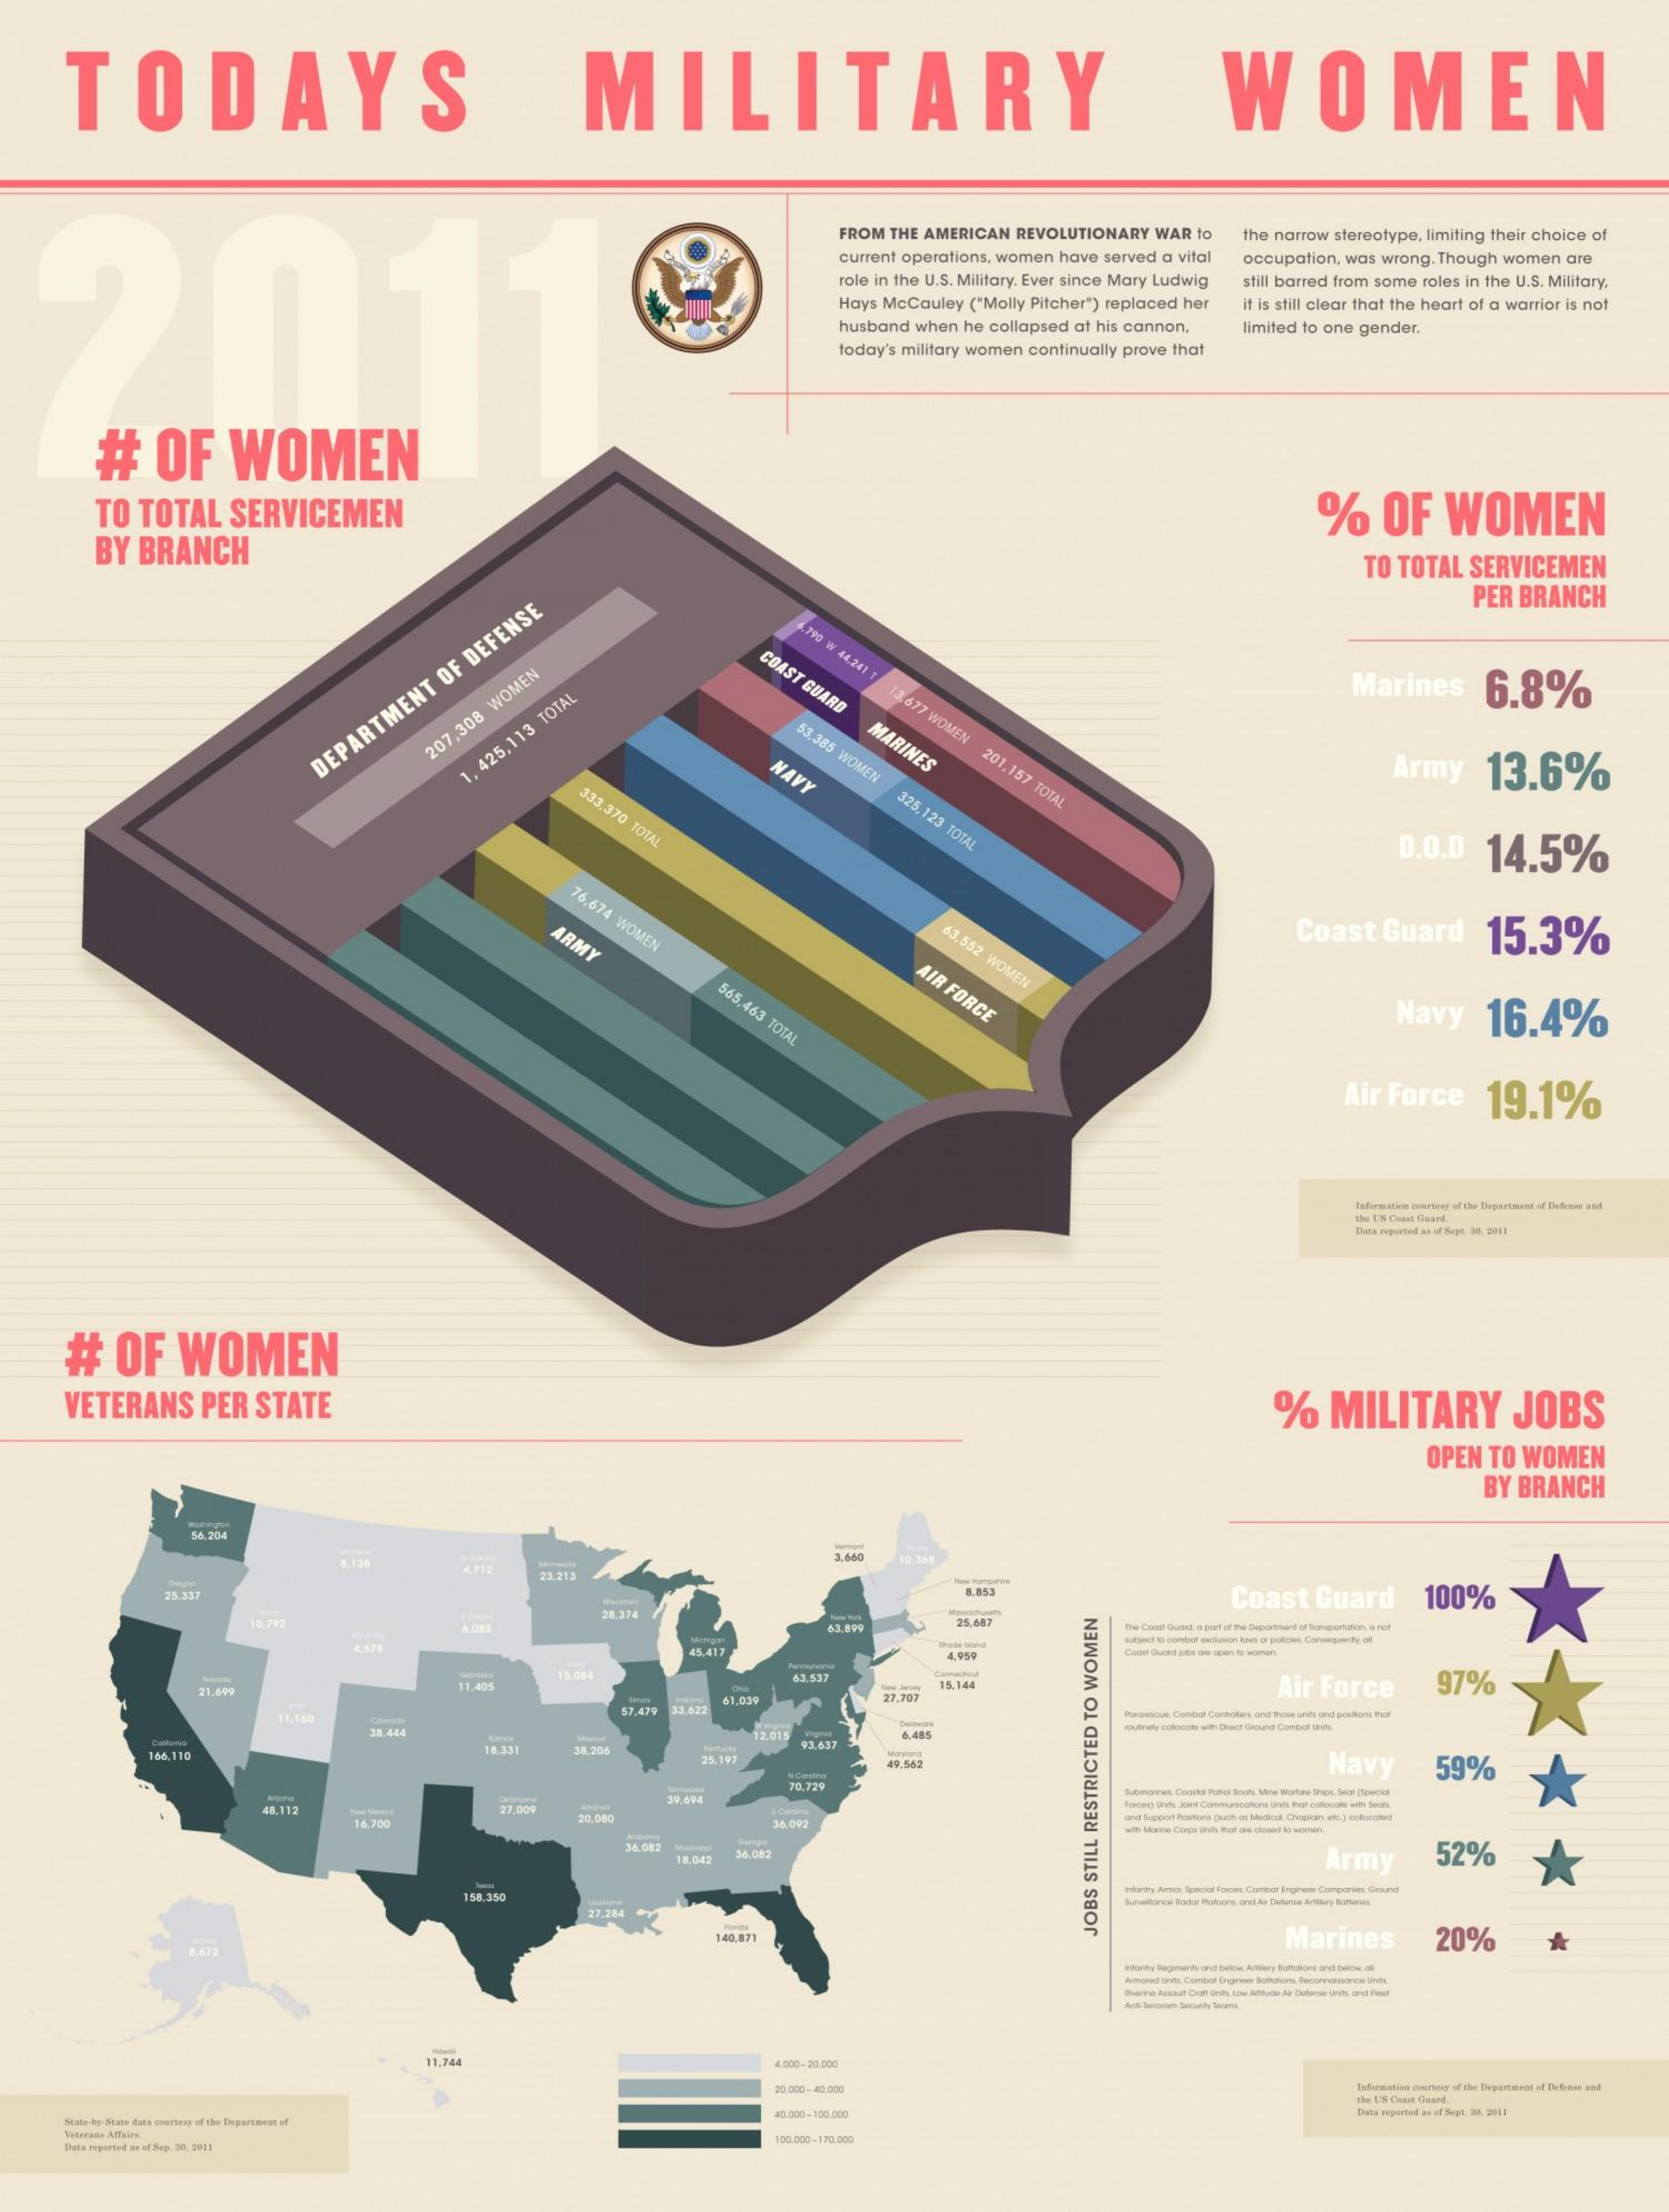
TODAYS    MILITARY    WOMEN
     FROM THE AMERICAN  REVOLUTIONARY WAR  to   the narrow stereotype, limiting their choice of
     current operations, women have served a vital occupation, was wrong, Though women are
     role in the U.S. Military, Ever since Mary Ludwig still barred from some roles in the U.S. Military.
     Hays Mccauley ("Molly Pitcher") replaced her it is still clear that the heart of a warrior is not
     husband when he collapsed at his cannon.   limited to one gender.
     today's military women continually prove that
     #    OF    WOMEN
     TO   TOTAL    SERVICEMEN    %   OF    WOMEN
     BY  BRANCH    TO  TOTAL  SERVICEMEN
     PER  BRANCH
     290
     W
     44.241
     1
     13.677
     WOMEN
     COAST
     GUARD    Marines    6.8%
     53.385
     WOMEN MARINES 207.308
     WOMEN
     201,157
     TOTAL
     DEPARTMENT
     OF
     DEFENSE
     NAVY    Army    13.6% 1,
     425,113
     TOTAL
     333,370
     TOTAL
     325.123
     TOTAL    D.O.D    14.5%
     76,674
     WOMEN ARMY    63.552
     WOMEN
     Coast    Guard    15.3%
     565.463
     TOTAL
     AIR
     FORCE    Navy    16.4%
     Air Force    19.1%
     Data reported as of Sept. J. 2011
     #    OF    WOMEN
     VETERANS    PER   STATE    %   MILITARY    JOBS
     OPEN  TO  WOMEN
     BY BRANCH
     54. 304
     4312
     3.600
     23.213
     38.333    Coast   Guard    100%
     38.334
     63.199
     25.647
     4.578
     11.435
     63.833
     Air Force    97%
     57.478
     $1.039    27.707
     15.144
     54.110    18.338
     5.485
     35.887    Navy    59%
     16.75 €    36.092
     18,843 38.082    Army    52%
     154.350
     27.284
     1-40,871    Marines    20%
     JOBS
     STILL
     RESTRICTED
     TO
     WOMEN
     11.344
     70.000- 40 DO8
     100.000-170.000